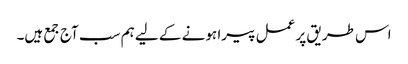
اس طریق پر عمل پیرا ہونے کے لیے ہم سب آج جمع ہیں۔